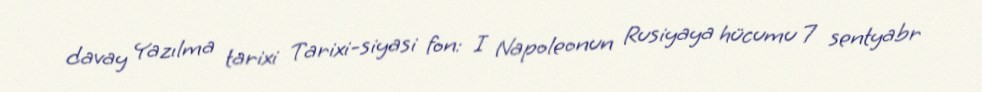
davay Yazılma tarixi Tarixi-siyasi fon: I Napoleonun Rusiyaya hücumu 7 sentyabr